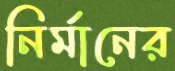
নির্মানের